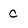
Character: c